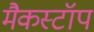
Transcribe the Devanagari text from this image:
मैकस्टॉप